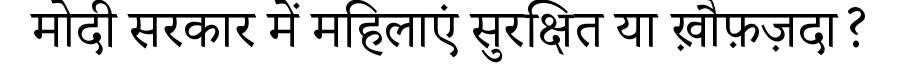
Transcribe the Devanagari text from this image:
मोदी सरकार में महिलाएं सुरक्षित या ख़ौफ़ज़दा?